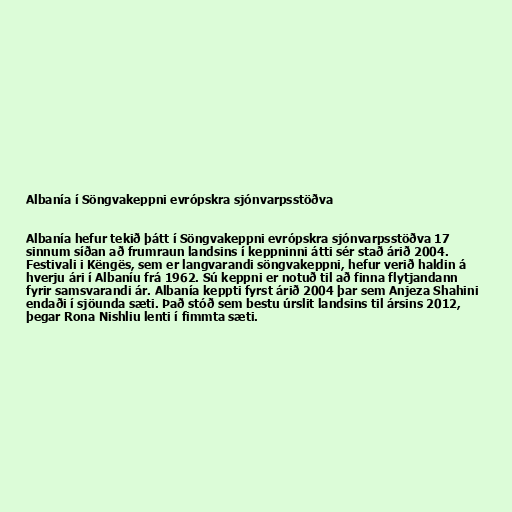
Albanía í Söngvakeppni evrópskra sjónvarpsstöðva

Albanía hefur tekið þátt í Söngvakeppni evrópskra sjónvarpsstöðva 17
sinnum síðan að frumraun landsins í keppninni átti sér stað árið 2004.
Festivali i Këngës, sem er langvarandi söngvakeppni, hefur verið haldin á
hverju ári í Albaníu frá 1962. Sú keppni er notuð til að finna flytjandann
fyrir samsvarandi ár. Albanía keppti fyrst árið 2004 þar sem Anjeza Shahini
endaði í sjöunda sæti. Það stóð sem bestu úrslit landsins til ársins 2012,
þegar Rona Nishliu lenti í fimmta sæti.